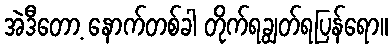
အဲဒီတော့ နောက်တစ်ခါ တိုက်ရချွတ်ရပြန်ရော။